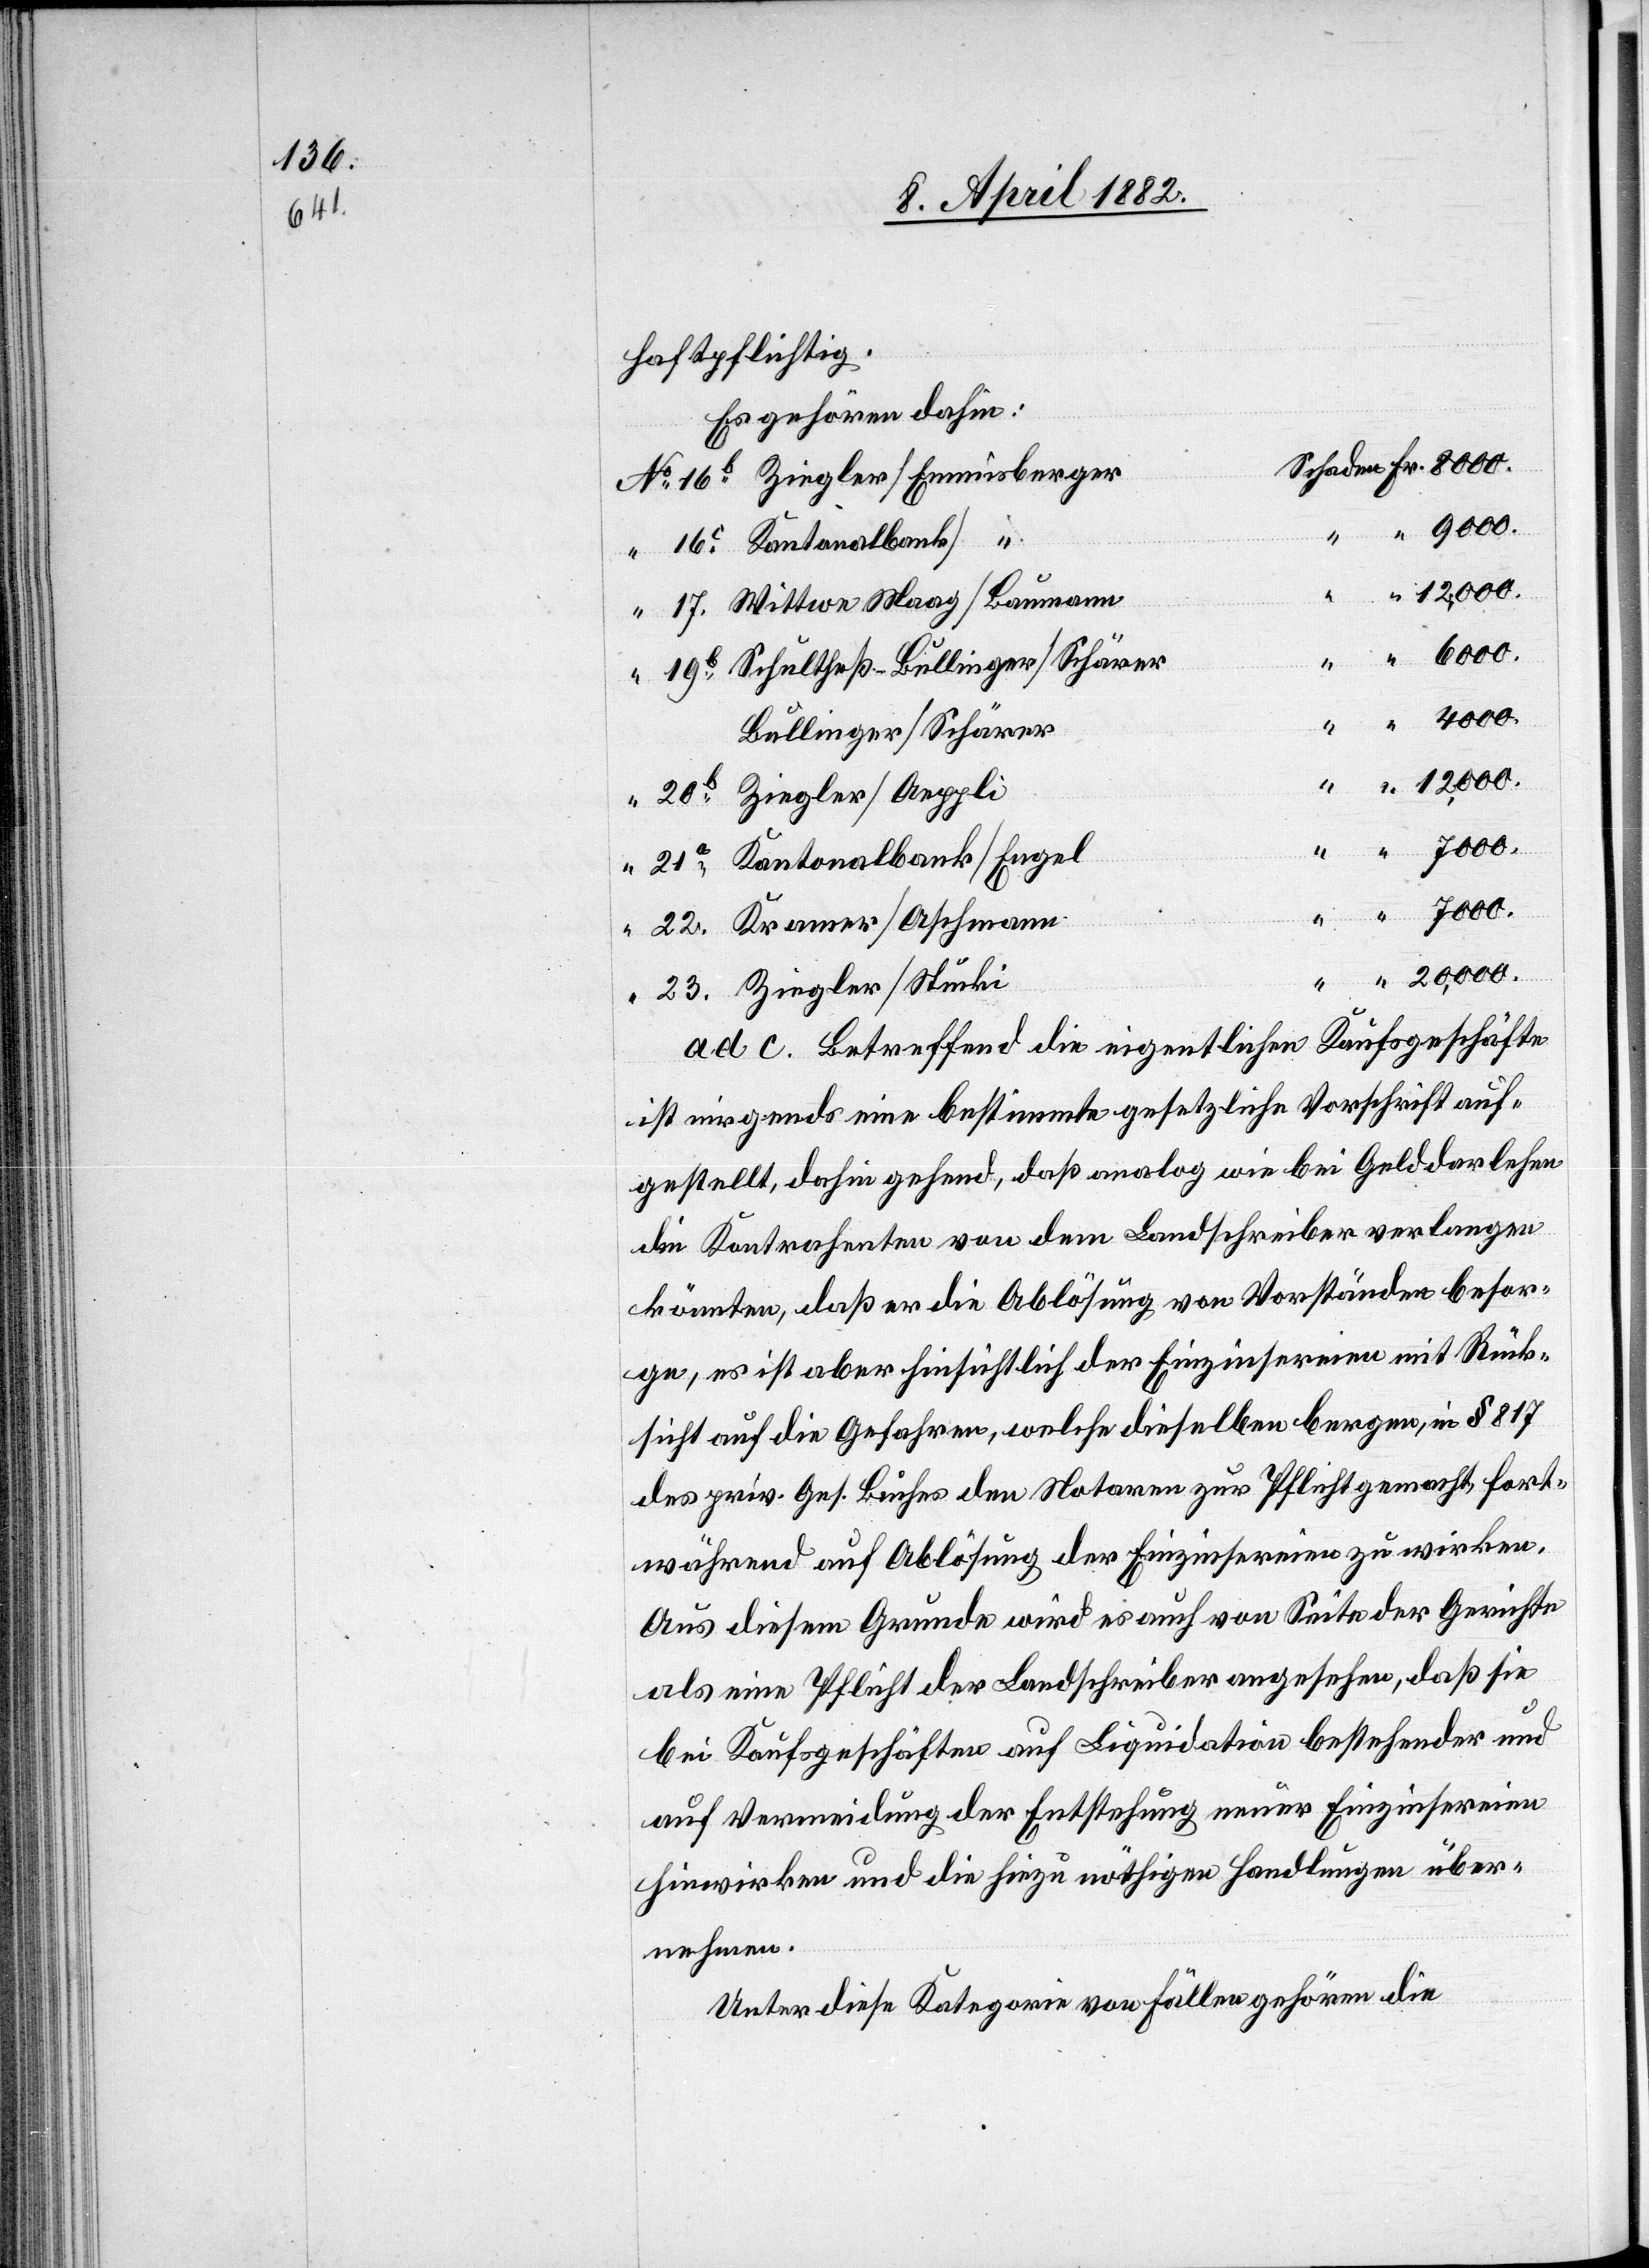
haftpflichtig.
Es gehören dahin:
7000.
12,000.
Schultheß-Bullinger/Schärer
Bullinger/Schärer
Kantonalbank/Engel
23
20,000.
22
“
ad c. Betreffend die eigentlichen Kaufsgeschäfte
ist nirgends eine bestimmte gesetzliche Vorschrift auf¬
gestellt, dahin gehend, daß analog wie bei Gelddarlehen
die Kontrahenten von dem Landschreiber verlangen
könnten, daß er die Ablösung von Vorständen besor¬
ge, es ist aber hinsichtlich der Einzinsereien mit Rück¬
sicht auf die Gefahren, welche dieselben bergen, in § 817
des priv. Ges. Buches den Notaren zur Pflicht gemacht, fort¬
während auf Ablösung der Einzinsereien zu wirken.
Aus diesem Grunde wird es auch von Seite der Gerichte
als eine Pflicht der Landschreiber angesehen, daß sie
bei Kaufsgeschäften auf Liquidation bestehender und
auf Vermeidung der Entstehung neuer Einzinsereien
hinwirken und die hiezu nöthigen Handlungen über¬
nehmen.
Unter diese Kategorie von Fällen gehören die